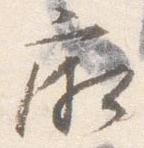
廂